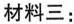
材料三：